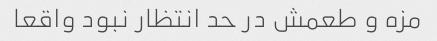
مزه و طعمش در حد انتظار نبود واقعا